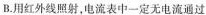
B.用红外线照射，电流表中一定无电流通过